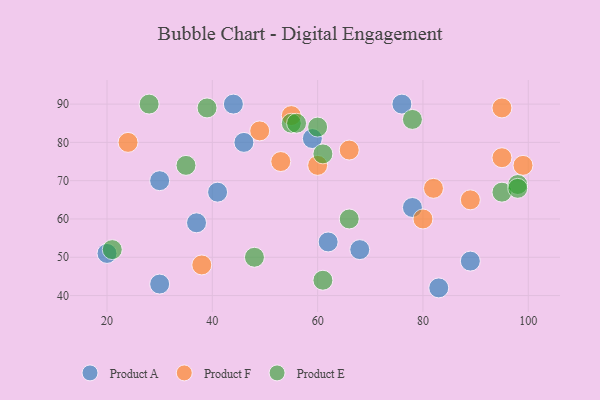
{"axis": {"x": "GDP", "y": "Life Expectancy"}, "legend": ["Product A", "Product E", "Product F"], "data": [{"x": "30", "y": 43, "type": "Product A"}, {"x": "41", "y": 67, "type": "Product A"}, {"x": "46", "y": 80, "type": "Product A"}, {"x": "62", "y": 54, "type": "Product A"}, {"x": "59", "y": 81, "type": "Product A"}, {"x": "44", "y": 90, "type": "Product A"}, {"x": "89", "y": 49, "type": "Product A"}, {"x": "68", "y": 52, "type": "Product A"}, {"x": "76", "y": 90, "type": "Product A"}, {"x": "78", "y": 63, "type": "Product A"}, {"x": "30", "y": 70, "type": "Product A"}, {"x": "37", "y": 59, "type": "Product A"}, {"x": "20", "y": 51, "type": "Product A"}, {"x": "83", "y": 42, "type": "Product A"}, {"x": "95", "y": 89, "type": "Product F"}, {"x": "99", "y": 74, "type": "Product F"}, {"x": "95", "y": 76, "type": "Product F"}, {"x": "89", "y": 65, "type": "Product F"}, {"x": "66", "y": 78, "type": "Product F"}, {"x": "24", "y": 80, "type": "Product F"}, {"x": "49", "y": 83, "type": "Product F"}, {"x": "60", "y": 74, "type": "Product F"}, {"x": "53", "y": 75, "type": "Product F"}, {"x": "80", "y": 60, "type": "Product F"}, {"x": "55", "y": 87, "type": "Product F"}, {"x": "38", "y": 48, "type": "Product F"}, {"x": "82", "y": 68, "type": "Product F"}, {"x": "48", "y": 50, "type": "Product E"}, {"x": "21", "y": 52, "type": "Product E"}, {"x": "78", "y": 86, "type": "Product E"}, {"x": "95", "y": 67, "type": "Product E"}, {"x": "61", "y": 77, "type": "Product E"}, {"x": "55", "y": 85, "type": "Product E"}, {"x": "39", "y": 89, "type": "Product E"}, {"x": "98", "y": 69, "type": "Product E"}, {"x": "28", "y": 90, "type": "Product E"}, {"x": "66", "y": 60, "type": "Product E"}, {"x": "61", "y": 44, "type": "Product E"}, {"x": "60", "y": 84, "type": "Product E"}, {"x": "35", "y": 74, "type": "Product E"}, {"x": "98", "y": 68, "type": "Product E"}, {"x": "56", "y": 85, "type": "Product E"}]}